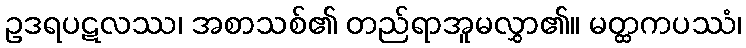
ဥဒရပဋလဿ၊ အစာသစ်၏ တည်ရာအူမလွှာ၏။ မတ္ထကပဿံ၊